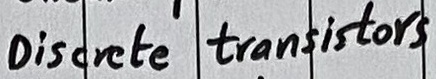
Text: Discrete transistors